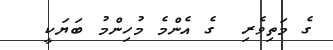
ގެ މަތިވެރި  ގެ އެންމެ މުހިންމު ބަޔަކީ